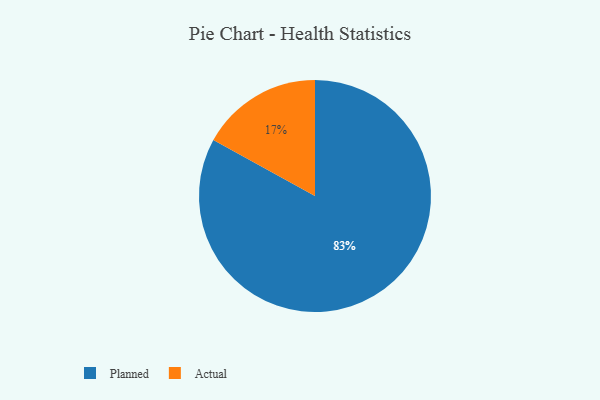
{"axis": {"x": "Category", "y": "Percentage"}, "legend": ["Actual", "Planned"], "data": [{"x": "Planned", "y": 83, "type": "Planned"}, {"x": "Actual", "y": 17, "type": "Actual"}]}